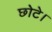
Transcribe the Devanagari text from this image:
छोटे।